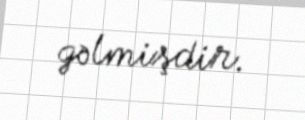
gəlmişdir.